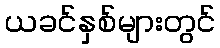
ယခင်နှစ်များတွင်